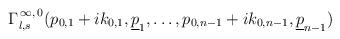
LaTeX: \begin{align*}\Gamma_{l,s}^{\,\infty,\,0}(p_{0,1}+ik_{0,1},\underline{p}_{1},\ldots,p_{0,n-1}+ik_{0,n-1},\underline{p}_{n-1})\end{align*}